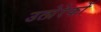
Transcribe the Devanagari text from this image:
उत्प्रेरेकों